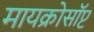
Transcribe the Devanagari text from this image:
मायक्रोसॉप्ट